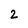
Character: 2